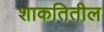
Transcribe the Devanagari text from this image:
शाकतितील